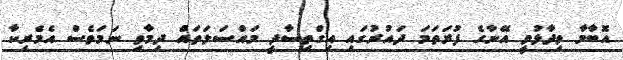
އޮބާމާ ވިދާޅުވީ އޭނާގެ ފުރަތަމަ ދައުރުގައި އިގްތިސާދީ މައްސަލަތައް ދިމާވި ނަމަވެސް އެމެރިކާ